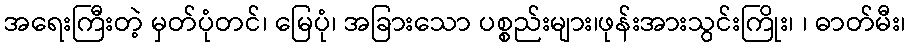
အရေးကြီးတဲ့ မှတ်ပုံတင်၊ မြေပုံ၊ အခြားသော ပစ္စည်းများ၊ဖုန်းအားသွင်းကြိုး၊ ၊ ဓာတ်မီး၊